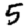
Digit: 5